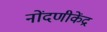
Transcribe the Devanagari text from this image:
नोंदणीकेंद्र